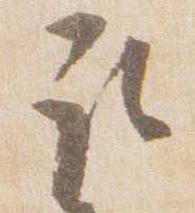
取